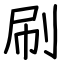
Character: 刷